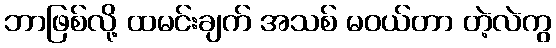
ဘာဖြစ်လို့ ထမင်းချက် အသစ် မဝယ်တာ တဲ့လဲကွ